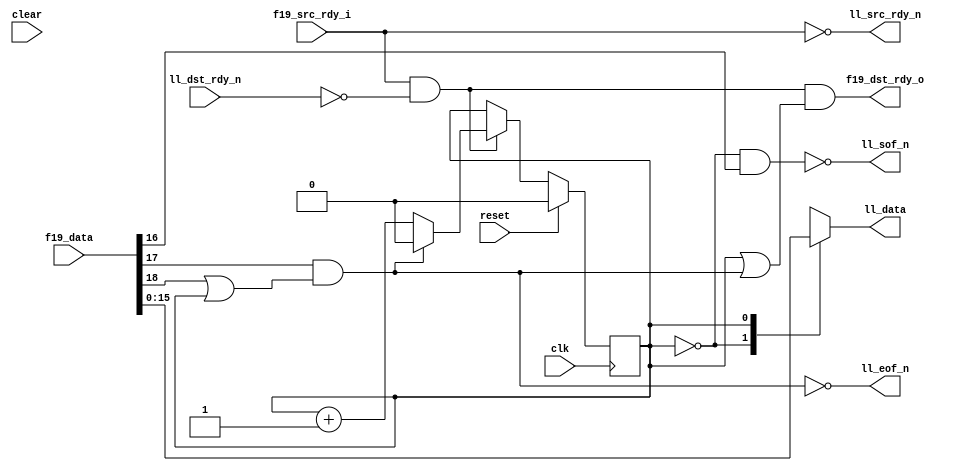
module fifo19_to_ll8
  (input clk, input reset, input clear,
   input [18:0] f19_data,
   input f19_src_rdy_i,
   output f19_dst_rdy_o,

   output reg [7:0] ll_data,
   output ll_sof_n,
   output ll_eof_n,
   output ll_src_rdy_n,
   input ll_dst_rdy_n);

   wire  ll_sof, ll_eof, ll_src_rdy;
   assign ll_sof_n 	= ~ll_sof;
   assign ll_eof_n 	= ~ll_eof;
   assign ll_src_rdy_n 	= ~ll_src_rdy;
   wire ll_dst_rdy 	= ~ll_dst_rdy_n;

   wire   f19_sof 	= f19_data[16];
   wire   f19_eof 	= f19_data[17];
   wire   f19_occ 	= f19_data[18];
   
   wire advance, end_early;
   reg state;

   always @(posedge clk)
     if(reset)
       state 	  <= 0;
     else
       if(advance)
	 if(ll_eof)
	   state  <= 0;
	 else
	   state  <= state + 1;

   always @*
     case(state)
       0 : ll_data = f19_data[15:8];
       1 : ll_data = f19_data[7:0];
       default : ll_data = f19_data[15:8];
       endcase // case (state)
   
   assign ll_sof 	 = (state==0) & f19_sof;
   assign ll_eof 	 = f19_eof & ((f19_occ==1)|(state==1));
   
   assign ll_src_rdy 	 = f19_src_rdy_i;

   assign advance 	 = ll_src_rdy & ll_dst_rdy;
   assign f19_dst_rdy_o  = advance & ((state==1)|ll_eof);
   
endmodule